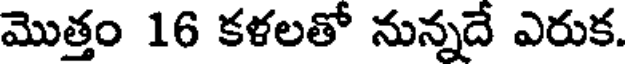
మొత్తం 16 కళలతో నున్నదే ఎరుక.